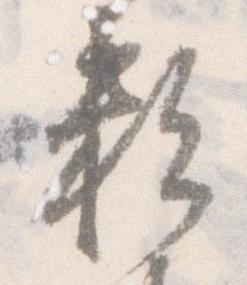
頼